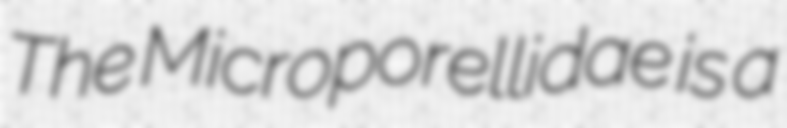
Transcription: The Microporellidae is a